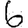
Digit: 6